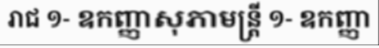
រាជ ១- ឧកញ្ញាសុភាមន្ត្រី ១- ឧកញ្ញា